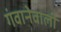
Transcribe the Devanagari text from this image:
गंवानेवाली